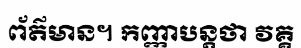
ព័ត៌មាន។ កញ្ញាបន្តថា វគ្គ